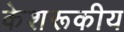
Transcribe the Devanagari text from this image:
केशरूकीय